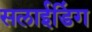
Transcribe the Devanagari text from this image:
सलाईडिंग